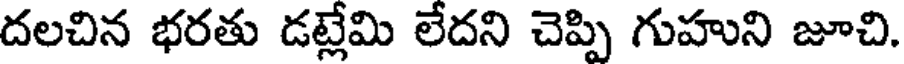
దలచిన భరతు డట్లేమి లేదని చెప్పి గుహుని జూచి.